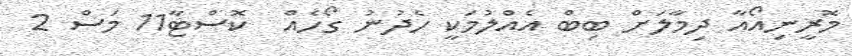
މޮރީނިއޯއާ ދިމާލަށް ބިބް އެއްލުމަކީ ހެދުނު ގޯހެއް  ކޮސްޓާ11 މަސް 2